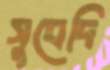
সুবেদি